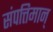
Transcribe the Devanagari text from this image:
संपत्तिमान्‌